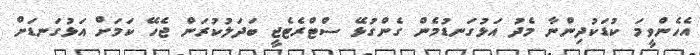
އެހެންވީމަ ކުޑަކުދިންނާ މެދު އަޅުގަނޑުމެން ގެންގުޅޭ ސްޓްރެޓެޖީ ބަދަލުކުރަން ޖެހޭ ކަމަށް އަޅުގަނޑަށް